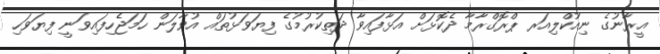
އީރާނުގެ ނިއުކްލިއަރ ޕްރޮގްރާމާ ދެކޮޅަށް އަޅާފައިވާ ދަތިކުރުމުގެ ފިޔަވަޅުތައް އުވާލަން ހަމަޖެހިފައިވަނީ ފިޔަވަހި